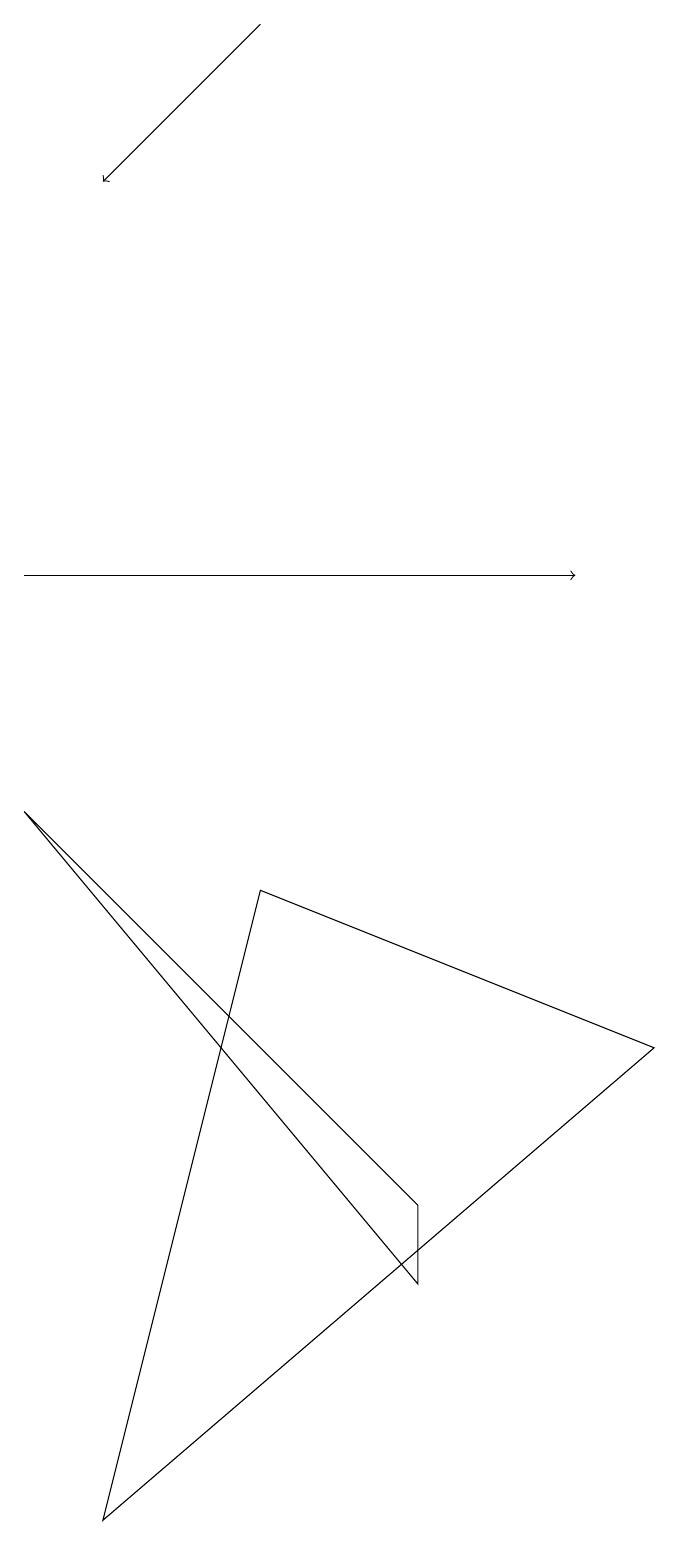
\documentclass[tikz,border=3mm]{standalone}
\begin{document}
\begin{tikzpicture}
\draw[->] (3,19) -- (1,17);
\draw (8,6) -- (3,8) -- (1,0) -- cycle;
\draw[->] (0,12) -- (7,12);
\draw (0,9) -- (5,3) -- (5,4) -- cycle;
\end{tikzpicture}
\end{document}